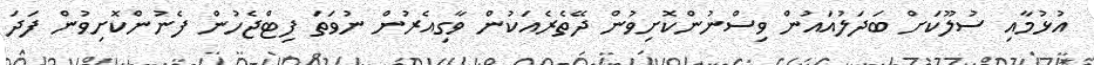
އުޅުމާއި ސުލޫކަށް ބަދަލުއައުން ވިސްނުންކޮށިވުން ދޭތެރެއަކުން ވާގިއެރުން ނުވަތަ ފިޓްޖެހުން ފެނުންކޮށިވުން ފަދަ